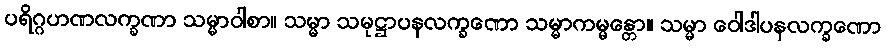
ပရိဂ္ဂဟဏလက္ခဏာ သမ္မာဝါစာ။ သမ္မာ သမုဋ္ဌာပနလက္ခဏော သမ္မာကမ္မန္တော။ သမ္မာ ဝေါဒါပနလက္ခဏော